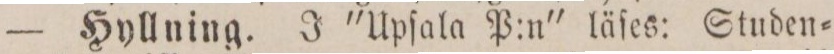
— Hyllning. J "Upſala P:n" läſes: Studen=